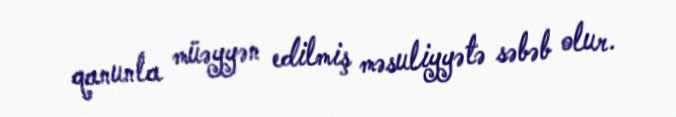
qanunla müəyyən edilmiş məsuliyyətə səbəb olur.